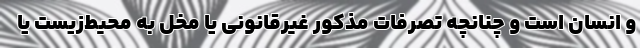
و انسان است و چنانچه تصرفات مذکور غیرقانونی یا مخل به محیط‌زیست یا